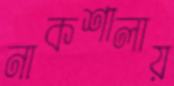
নাকশালায়